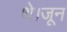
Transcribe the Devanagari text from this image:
थे।जून